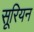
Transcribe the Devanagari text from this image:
सूरियन